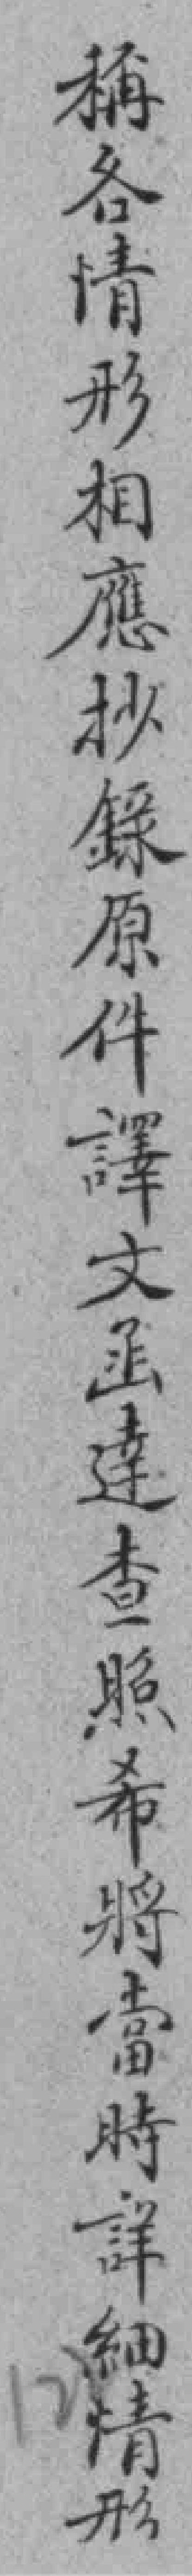
稱各情形相應抄錄原件譯文函達查照希將當時詳細情形